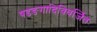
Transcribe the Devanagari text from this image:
षडङगादिविवर्जितः